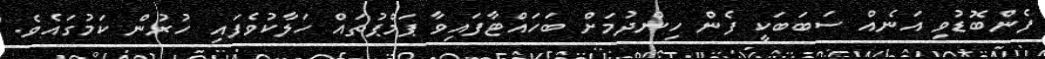
ފެންބޮޑުވި އަނެއް ސަބަބަކީ ފެން ހިންދުމަށް ބަހައްޓާފައިވާ ޕަމްޕުތައް ހަލާކުވެފައި ހުރުން ކަމުގައެވެ.